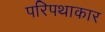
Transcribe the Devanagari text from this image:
परिपथाकार